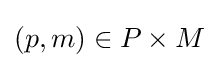
(p,m)\in P\times M